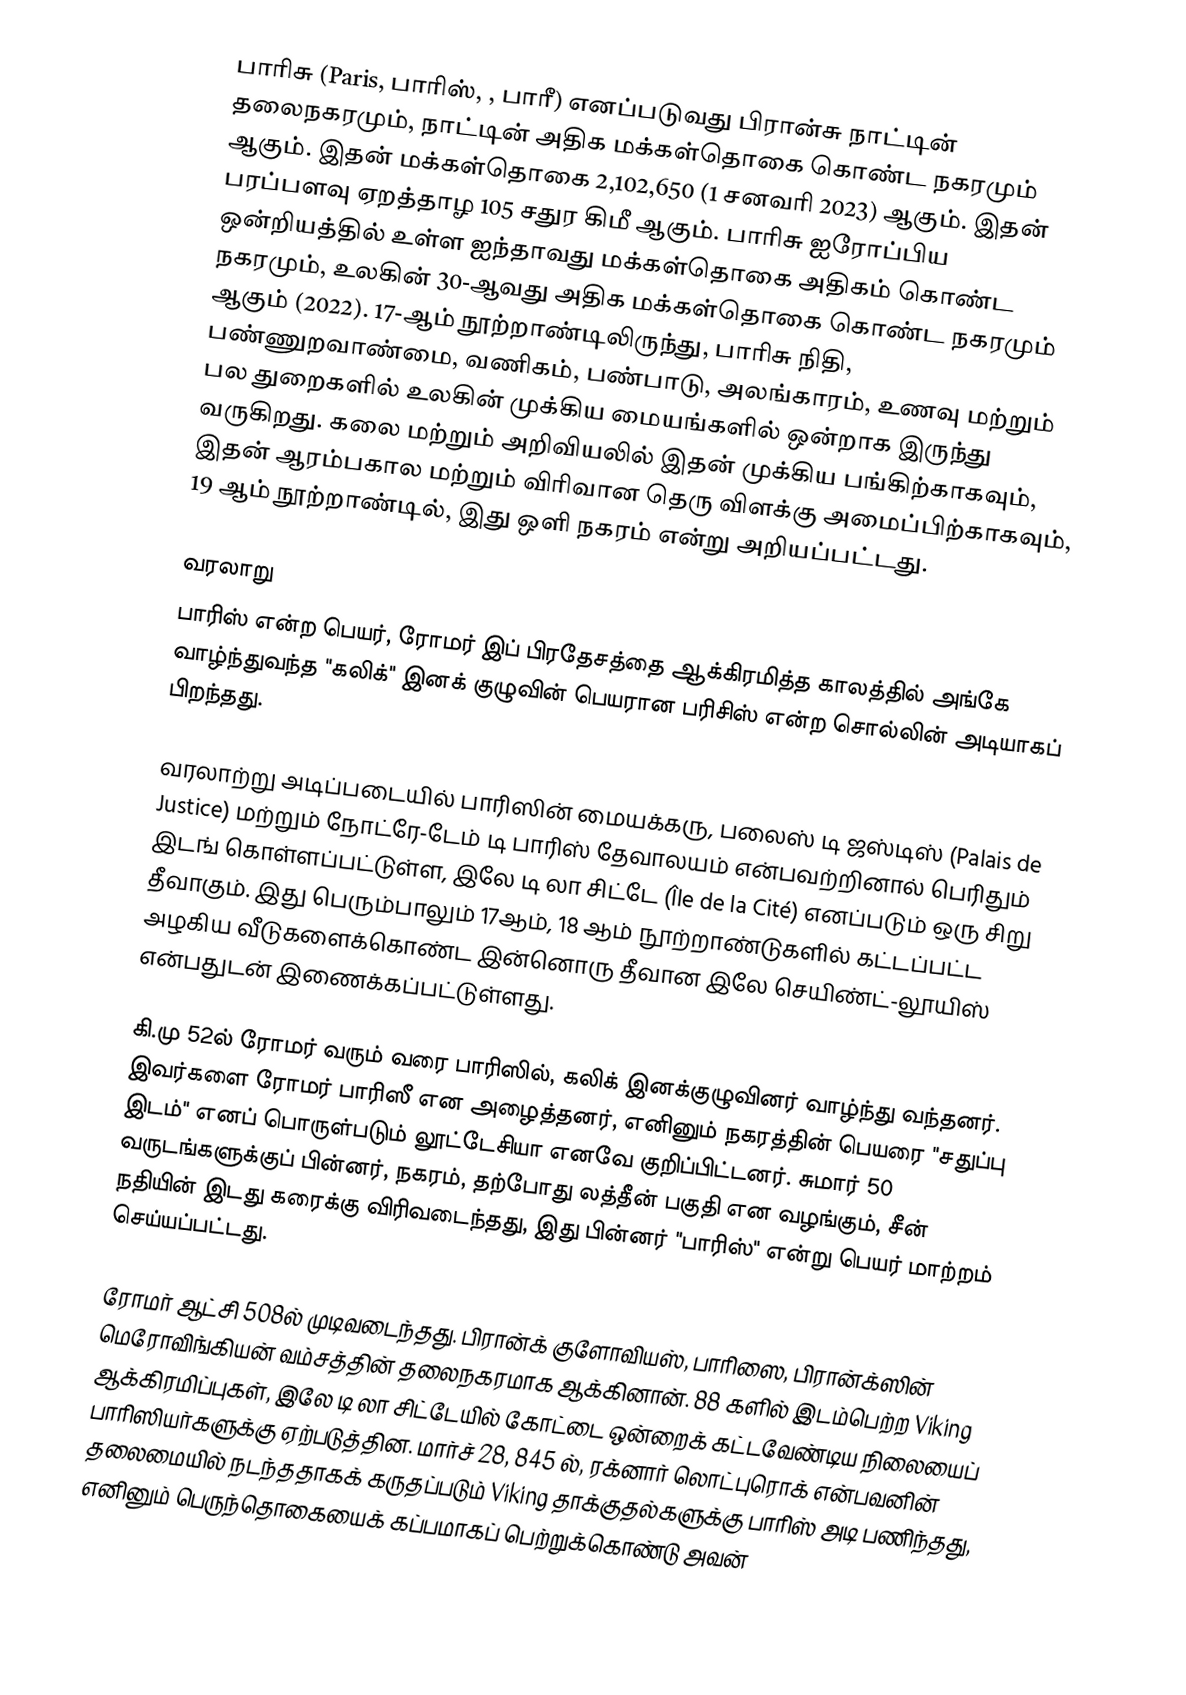
பாரிசு (Paris, பாரிஸ், , பாரீ) எனப்படுவது பிரான்சு நாட்டின் தலைநகரமும், நாட்டின் அதிக மக்கள்தொகை கொண்ட நகரமும் ஆகும். இதன் மக்கள்தொகை 2,102,650 (1 சனவரி 2023) ஆகும். இதன் பரப்பளவு ஏறத்தாழ 105 சதுர கிமீ ஆகும். பாரிசு ஐரோப்பிய ஒன்றியத்தில் உள்ள ஐந்தாவது மக்கள்தொகை அதிகம் கொண்ட நகரமும், உலகின் 30-ஆவது அதிக மக்கள்தொகை கொண்ட நகரமும் ஆகும் (2022). 17-ஆம் நூற்றாண்டிலிருந்து, பாரிசு நிதி, பண்ணுறவாண்மை, வணிகம், பண்பாடு, அலங்காரம், உணவு மற்றும் பல துறைகளில் உலகின் முக்கிய மையங்களில் ஒன்றாக இருந்து வருகிறது. கலை மற்றும் அறிவியலில் இதன் முக்கிய பங்கிற்காகவும், இதன் ஆரம்பகால மற்றும் விரிவான தெரு விளக்கு அமைப்பிற்காகவும், 19 ஆம் நூற்றாண்டில், இது ஒளி நகரம் என்று அறியப்பட்டது.

வரலாறு
பாரிஸ் என்ற பெயர், ரோமர் இப் பிரதேசத்தை ஆக்கிரமித்த காலத்தில் அங்கே வாழ்ந்துவந்த "கலிக்" இனக் குழுவின் பெயரான பரிசிஸ் என்ற சொல்லின் அடியாகப் பிறந்தது.

வரலாற்று அடிப்படையில் பாரிஸின் மையக்கரு, பலைஸ் டி ஜஸ்டிஸ் (Palais de Justice) மற்றும் நோட்ரே-டேம் டி பாரிஸ் தேவாலயம் என்பவற்றினால் பெரிதும் இடங் கொள்ளப்பட்டுள்ள, இலே டி லா சிட்டே (Île de la Cité) எனப்படும் ஒரு சிறு தீவாகும். இது பெரும்பாலும் 17ஆம், 18 ஆம் நூற்றாண்டுகளில் கட்டப்பட்ட அழகிய வீடுகளைக்கொண்ட இன்னொரு தீவான இலே செயிண்ட்-லூயிஸ் என்பதுடன் இணைக்கப்பட்டுள்ளது.

கி.மு 52ல் ரோமர் வரும் வரை பாரிஸில், கலிக் இனக்குழுவினர் வாழ்ந்து வந்தனர். இவர்களை ரோமர் பாரிஸீ என அழைத்தனர், எனினும் நகரத்தின் பெயரை "சதுப்பு இடம்" எனப் பொருள்படும் லூட்டேசியா எனவே குறிப்பிட்டனர். சுமார் 50 வருடங்களுக்குப் பின்னர், நகரம், தற்போது லத்தீன் பகுதி என வழங்கும், சீன் நதியின் இடது கரைக்கு விரிவடைந்தது, இது பின்னர் "பாரிஸ்" என்று பெயர் மாற்றம் செய்யப்பட்டது.

ரோமர் ஆட்சி 508ல் முடிவடைந்தது. பிரான்க் குளோவியஸ், பாரிஸை, பிரான்க்ஸின் மெரோவிங்கியன் வம்சத்தின் தலைநகரமாக ஆக்கினான். 88 களில் இடம்பெற்ற Viking ஆக்கிரமிப்புகள், இலே டி லா சிட்டேயில் கோட்டை ஒன்றைக் கட்டவேண்டிய நிலையைப் பாரிஸியர்களுக்கு ஏற்படுத்தின. மார்ச் 28, 845 ல், ரக்னார் லொட்புரொக் என்பவனின் தலைமையில் நடந்ததாகக் கருதப்படும் Viking தாக்குதல்களுக்கு பாரிஸ் அடி பணிந்தது, எனினும் பெருந்தொகையைக் கப்பமாகப் பெற்றுக்கொண்டு அவன்